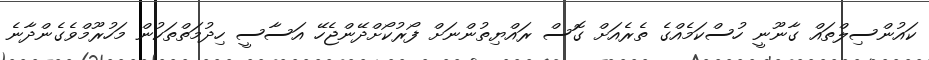
ކައުންސިލްތައް ގާނޫނީ ހުސްކަމެއްގެ ތެރެއަށް ގޮސް ރައްޔިތުންނަށް ފޯރުކޯށްދޭންޖެހޭ އަސާސީ ހިދުމަތްތަކުން މަހުރޫމްވެގެންދާނެ